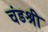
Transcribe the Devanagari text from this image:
चंडश्री